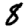
Digit: 8